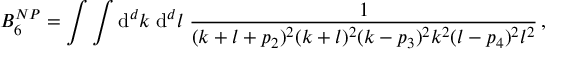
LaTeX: B _ { 6 } ^ { N P } = \int \int \mathrm { d } ^ { d } k \; \mathrm { d } ^ { d } l \; \frac { 1 } { ( k + l + p _ { 2 } ) ^ { 2 } ( k + l ) ^ { 2 } ( k - p _ { 3 } ) ^ { 2 } k ^ { 2 } ( l - p _ { 4 } ) ^ { 2 } l ^ { 2 } } \, ,